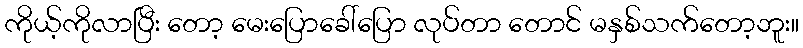
ကိုယ့်ကိုလာပြီး တော့ မေးပြောခေါ်ပြော လုပ်တာ တောင် မနှစ်သက်တော့ဘူး။